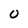
Character: 0